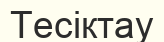
Тесіктау